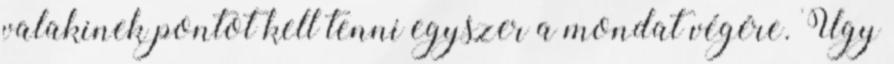
valakinek pontot kell tenni egyszer a mondat végére. Úgy